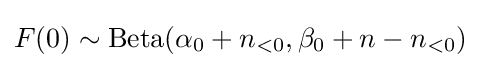
F(0)\sim \mathrm {Beta} (\alpha _{0}+n_{<0},\beta _{0}+n-n_{<0})